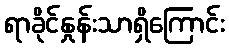
ရာခိုင်နှုန်းသာရှိကြောင်း